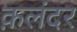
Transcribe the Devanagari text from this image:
क़लंदर